Medical and sanitary report of the native army of Bengal for the year
Year: 1874
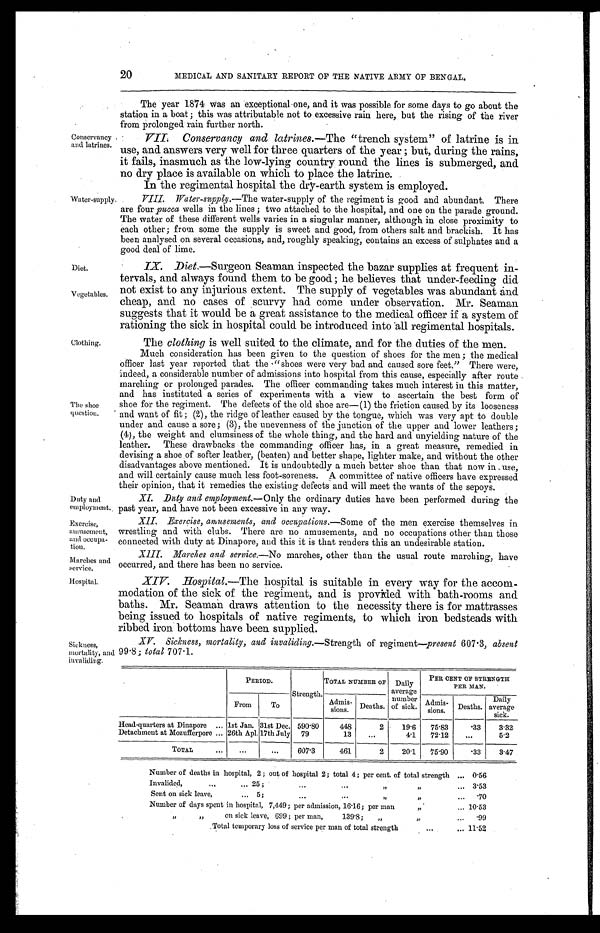
Diet.
Vegetables.
Duty and
employment.
Exercise,
amusement,
and occupa
-tion.
Marches and
service.
Conservancy
and latrines.
Water-supply.
Clothing.
The shoe
question.
20
MEDICAL AND SANITARY REPORT OF THE NATIVE ARMY OF BENGAL.
The year 1874 was an exceptional one, and it was possible for some days to go about the
station in a boat; this was attributable not to excessive rain here, but the rising of the river
from prolonged rain further north.
V I I . C o n s e r v a n c y a n d l a t r i n e s.
— T h e " t r e n c h s y s t e m " o f l a t r i n e i s i n
use, and answers very well for three quarters of the year; but, during the rains,
it fails, inasmuch as the low-lying country round the lines is submerged, and.
no dry place is available on which to place the latrine.
In the regimental hospital the dry-earth system is employed.
V I I I . W a t e r - s u p p l y
. — T h e w a t e r - s u p p l y o f t h e r e g i m e n t i s g o o d a n d a b u n d a n t . T h e r e
are four pucca wells in the lines; two attached to the hospital, and one on the parade ground.
The water of these different wells varies in a singular manner, although in close proximity to
each other; from some the supply is sweet and good, from others salt and brackish. It has
been analysed on several occasions, and, roughly speaking, contains an excess of sulphates and a
g o o d d e a l o f l i m e .
IX. Diet .—Surgeon Seaman inspected the bazar supplies at frequent in
-tervals, and always found them to be good; he believes that under-feeding did
not exist to any injurious extent. The supply of vegetables was abundant and
cheap, and no cases of scurvy had come under observation. Mr. Seaman
suggests that it would be a great assistance to the medical officer if a system of
rationing the sick in hospital could be introduced into all regimental hospitals.
The clothing is well suited to the climate, and for the duties of the men.
Much consideration has been given to the question of shoes for the men; the medical
officer last year reported that the "shoes were very bad and caused sore feet," There were,
indeed, a considerable number of admissions into hospital from this cause, especially after route
marching or prolonged parades. The officer commanding takes much interest in this matter,
and has instituted a series of experiments with a view to ascertain the best form of
shoe for the regiment. The defects of the old shoe are—(1) the friction caused by its looseness
and want of fit; (2), the ridge of leather caused by the tongue, which was very apt to double
under and cause a sore; (3), the unevenness of the junction of the upper and lower leathers;
(4), the weight and clumsiness of the whole thing, and the hard and unyielding nature of the
leather. These drawbacks the commanding officer has, in a great measure, remedied in
devising a shoe of softer leather, (beaten) and better shape, lighter make, and without the other
disadvantages above mentioned. It is undoubtedly a much better shoe than that now in use,
and will certainly cause much less foot-soreness. A committee of native officers have expressed
their opinion, that it remedies the existing defects and will meet the wants of the sepoys.
XI. Duty and employment.—Only the ordinary duties have been performed during the
past year, and have not been excessive in any way.
XII. Exercise, amusements, and occupations .—Some of the men exercise themselves in
wrestling and with clubs. There are no amusements, and no occupations other than those
connected with duty at Dinapore, and this it is that renders this an undesirable station.
XIII. Marches and service .—No marches, other than the usual route marching, have
occurred, and there has been no service.
Hospital.
Sickness,
mortality, and invaliding.
XIV. Hospital .—The hospital is suitable in every way for the accom
-modation of the sick of the regiment, and is provided with bath-rooms and
baths. Mr. Seaman draws attention to the necessity there is for mattrasses
being issued to hospitals of native regiments, to which iron bedsteads with
ribbed iron bottoms have been supplied.
XV. Sickness, mortality, and invaliding .—Strength of' regiment— present 607.3, absent
99.8; total 707.1.
PERIOD.
Strength.
TOTAL NUMBER OF Daily
average
number
of sick.
PER CENT OF STRENGTH
PER MAN.
From
To
Admis-
sions. Deaths.
Admis-
sions.
Deaths.
Daily
average
sick.
Head-quarters at Dinapore . . . 1st Jan. 31st Dec. 590.80
448
2
19.6
75.83
.33
3.32
D e t a c h m e n t a t M o z u f f e r p o r e . . . 26th Apl. 17th July 79
13
. . .
4.1
72.12
. . .
5.2
TOTAL . . .
. . .
. . .
607.3
461
2
20.1
75.90
.33
3.47
Number of deaths in hospital, 2; out of hospital 2; total 4; per cent of total strength . . .
0.56
Invalided, . . . 25; . . . " " . . .
3.53
Sent on sick leave, . . . 5; . . .
" " . . .
.70
Number of days spent in hospital, 7,449; per admission, 16.16; per man " . . .
10.53
" " on sick leave, 699; per man, 139.8;
" " . . .
.99
Total temporary loss of service per man of total strength . . .
11.52